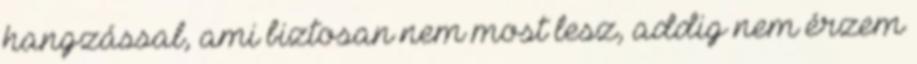
hangzással, ami biztosan nem most lesz, addig nem érzem